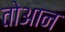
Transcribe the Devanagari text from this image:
तोआन